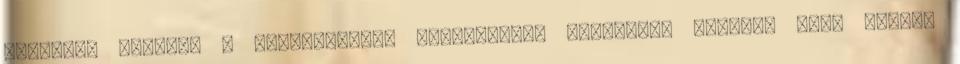
Blogger. Keresés a következőre: Keresnivaló Részletes keresés író, költő,